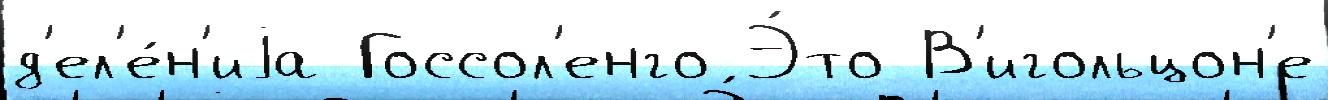
д'ел'е́н'иjа Госсол'енго Э́то В'игольцон'е